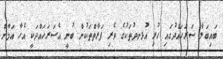
ބައިބަލާ ސަރަހައްދުގައި ހުރި އުޅނދުތަކުގެ ވެރި ފަރާތްތަކުން ބުނީ އެސަރަހައްދަކީ އެހާ އަމާން